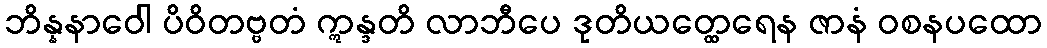
ဘိန္နနာဝေါ ပိဝိတဗ္ဗတံ ဣန္ဒတိ လာဘီပေ ဒုတိယတ္ထေရေန ဇာနံ ဝစနပထော